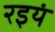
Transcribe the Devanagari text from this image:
रइयं